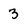
Character: 3